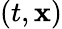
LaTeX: (t,\mathbf{x})